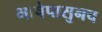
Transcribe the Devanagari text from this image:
भाषेपासुनच